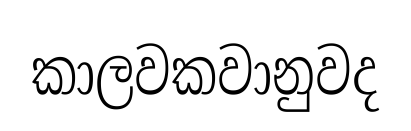
කාලවකවානුවද